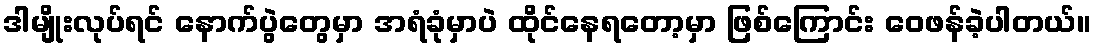
ဒါမျိုးလုပ်ရင် နောက်ပွဲတွေမှာ အရံခုံမှာပဲ ထိုင်နေရတော့မှာ ဖြစ်ကြောင်း ဝေဖန်ခဲ့ပါတယ်။